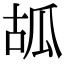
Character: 㼋